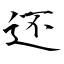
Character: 还